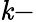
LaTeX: \mathit{k}-